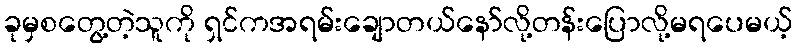
ခုမှစတွေ့တဲ့သူကို ရှင်ကအရမ်းချောတယ်နော်လို့တန်းပြောလို့မရပေမယ့်